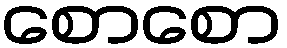
စောစော